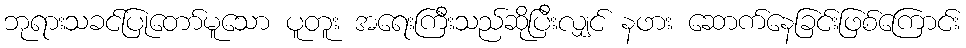
ဘုရားသခင်ပြုတော်မူသော ပူတူး အရေးကြီးသည်ဆိုပြီးလျှင် နဖား ဆောက်နေခြင်းဖြစ်ကြောင်း